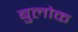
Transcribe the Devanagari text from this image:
बुलोक